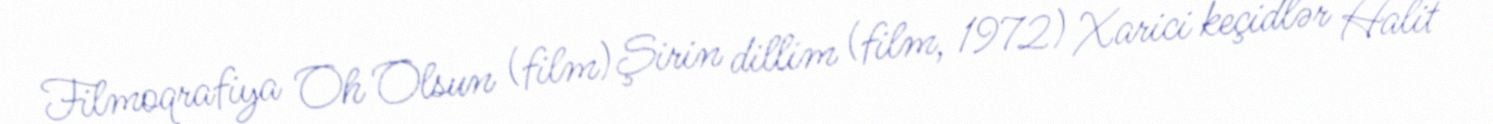
Filmoqrafiya Oh Olsun (film) Şirin dillim (film, 1972) Xarici keçidlər Halit